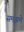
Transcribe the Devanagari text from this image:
समझमे